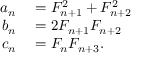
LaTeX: \begin{array} { r l } { a _ { n } } & { { } = F _ { n + 1 } ^ { 2 } + F _ { n + 2 } ^ { 2 } } \\ { b _ { n } } & { { } = 2 F _ { n + 1 } F _ { n + 2 } } \\ { c _ { n } } & { { } = F _ { n } F _ { n + 3 } . } \end{array}